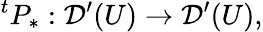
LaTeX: {}^{t}P_{*}:{\mathcal{D}}^{\prime}(U)\to{\mathcal{D}}^{\prime}(U),